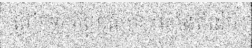
លើកទឹកចិត្តខ្ញុំសោះ ។តាំងពីដើម